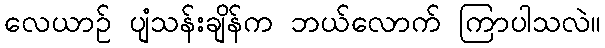
လေယာဉ် ပျံသန်းချိန်က ဘယ်လောက် ကြာပါသလဲ။